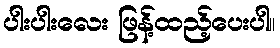
ပါးပါးလေး ဖြန့်ထည့်ပေးပါ။